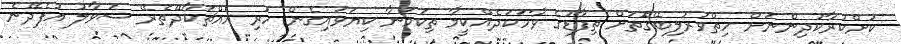
ކުށްކުރާކުދިންނަށް ހިތްވަރުލިބޭގޮތަށް ތިފާޑުގެ ވާހަކަދެއްކީމާ ތިކަމަނާ ކިޔަވައިގެން ހުރި އެއްޗަކާދޭތެރޭ ސުވާލު އުފެދޭނެ